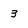
Character: 3